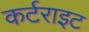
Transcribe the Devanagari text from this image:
कर्टराइट